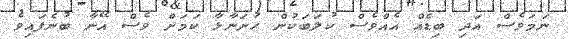
ނަމަވެސް އަދި ބިޑެއް އެއްވެސް ކުލަބަކުން ހުށަނާޅާ ކަމަށް ވެސް އޭނާ ބުނެފައިވެ